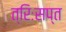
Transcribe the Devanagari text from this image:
त्रिःसप्त